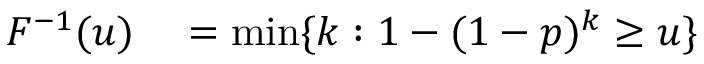
\begin{array} { r l } { F ^ { - 1 } ( u ) } & { { } = \operatorname* { m i n } \{ k : 1 - ( 1 - p ) ^ { k } \geq u \} } \end{array}